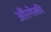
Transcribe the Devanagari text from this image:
औंरगेस्की